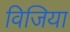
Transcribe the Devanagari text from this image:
विजिया